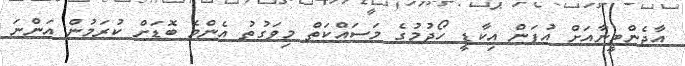
އާޖެންޓީނާއަށް އުފަން އިކާޑީ ހޯދުމުގެ މަސައްކަތް މިވަގުތު އެންމެ ބޮޑަށް ކުރަމުން އަންނަ